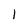
Character: 1